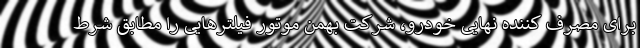
برای مصرف کننده نهایی خودرو، شرکت بهمن موتور فیلترهایی را مطابق شرط